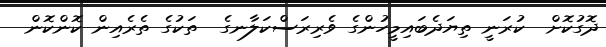
ދޮގުކޮށް  ކުރަނީ ތިޔަދެބައިމީހުންގެ ވެރިރަސްކަލާނގެ  ތަކުގެ ތެރެއިން ކޮންކޮން